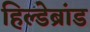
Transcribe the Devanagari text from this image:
हिल्डेब्रांड